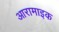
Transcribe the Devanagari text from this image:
आरामाइक